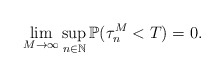
\begin{align*}\lim_{M\rightarrow\infty}\sup_{n\in \mathbb{N}} \mathbb{P}(\tau_{n}^M <T) =0.\end{align*}